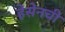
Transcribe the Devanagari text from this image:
हेसेनची